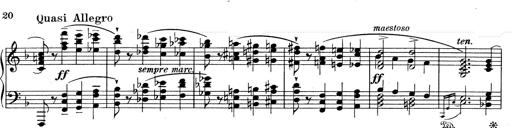
Title: Weinen, Klagen, Sorgen, Zagen
Composer: Franz Liszt